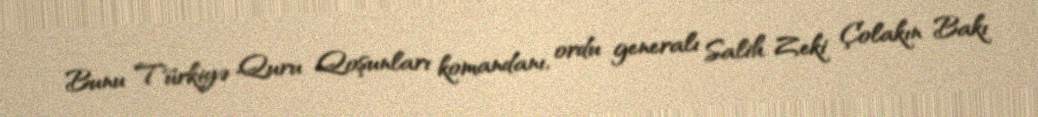
Bunu Türkiyə Quru Qoşunları komandanı, ordu generalı Salih Zeki Çolakın Bakı